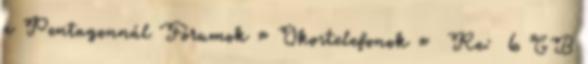
a Pentagonnál Fórumok » Okostelefonok » Re: 6 GB